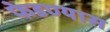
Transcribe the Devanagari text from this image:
फेडण्यास